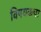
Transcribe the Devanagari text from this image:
विषयकचा